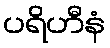
ပရိဟီနံ